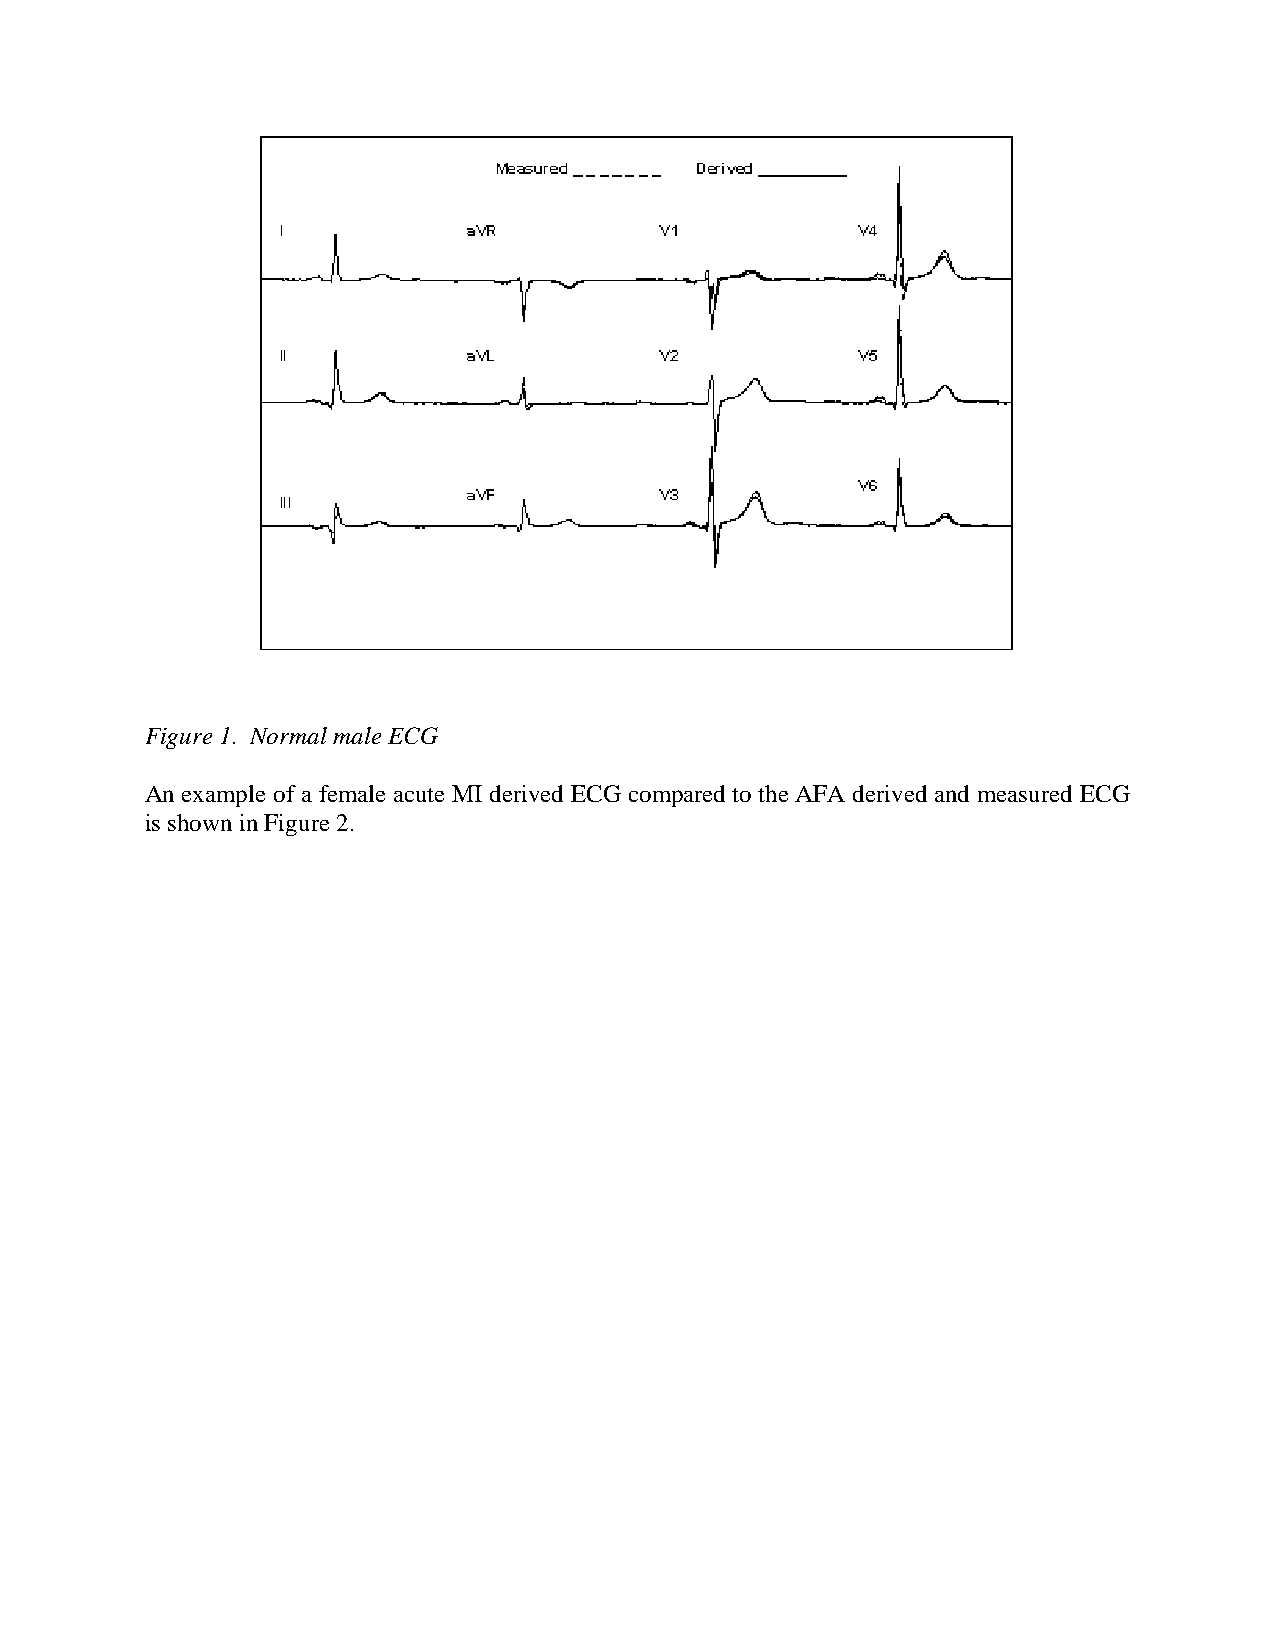
Figure 1. Normal male ECG
 An example of a female acute MI derived ECG compared to the AFA derived and measured ECG
 is shown in Figure 2.